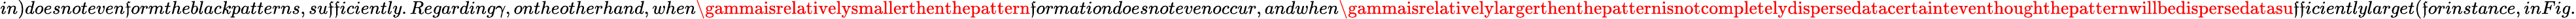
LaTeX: in)doesnoteven\mathfrak{f}ormtheblackpatterns,su\mathfrak{f}\mathfrak{f}iciently.Regarding\gamma,ontheotherhand,when\gammaisrelativelysmallerthenthepattern\mathfrak{f}ormationdoesnotevenoccur,andwhen\gammaisrelativelylargerthenthepatternisnotcompletelydispersedatacertainteventhoughthepatternwillbedispersedatasu\mathfrak{f}\mathfrak{f}icientlylarget(\mathfrak{f}orinstance,inFig.